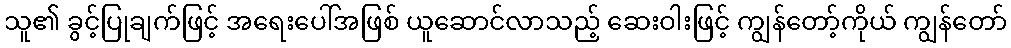
သူ၏ ခွင့်ပြုချက်ဖြင့် အရေးပေါ်အဖြစ် ယူဆောင်လာသည့် ဆေးဝါးဖြင့် ကျွန်တော့်ကိုယ် ကျွန်တော်